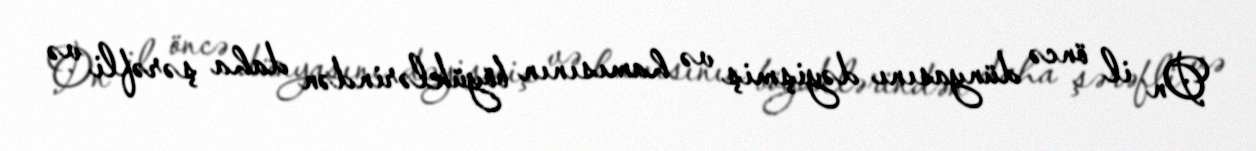
On il öncə dünyasını dəyişmiş və hamısının böyüklərindən daha şərəfli və